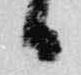
日